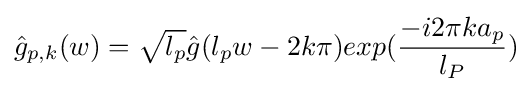
{\hat {g}}_{p,k}(w)={\sqrt {l_{p}}}{\hat {g}}(l_{p}w-2k\pi )exp({\frac {-i2\pi ka_{p}}{l_{P}}})